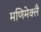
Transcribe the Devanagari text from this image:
मणिमेक्लै